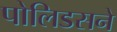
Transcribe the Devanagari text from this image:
पोलिडसने